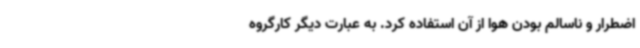
اضطرار و ناسالم بودن هوا از آن استفاده کرد. به عبارت دیگر کارگروه